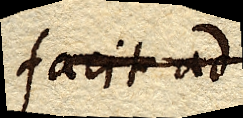
facit ad